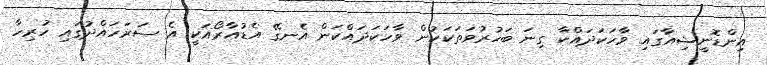
އިންޑޮނީޝިއާގައި ވާހަކަދައްކާ ގިނަ ބަހުރުވަތަކަކުން ވާހަކަދައްކަން އެނގޭ އެޑުއާރޯއަކީ އެ ސަރަހައްދުގައި ހުރިހާ